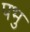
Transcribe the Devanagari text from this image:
पभु